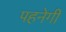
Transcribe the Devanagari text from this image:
पहनेगी